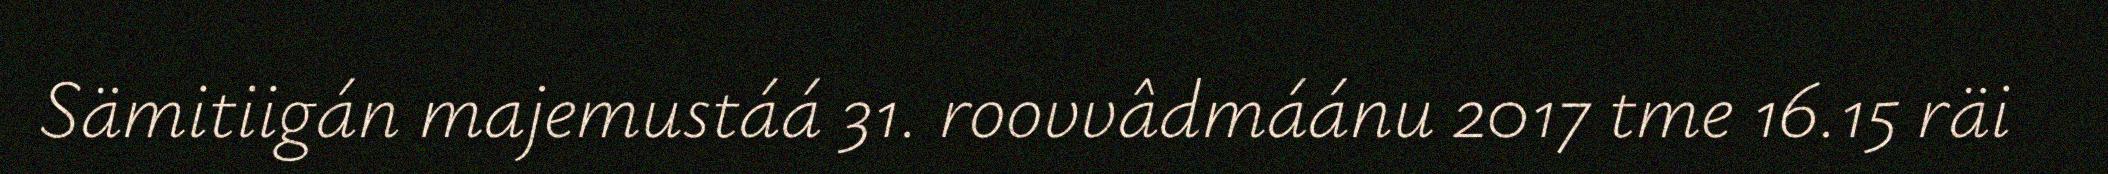
Sämitiigán majemustáá 31. roovvâdmáánu 2017 tme 16.15 räi